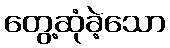
တွေ့ဆုံခဲ့သော